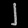
Digit: ၂